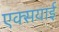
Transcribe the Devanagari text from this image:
एक्सयाई